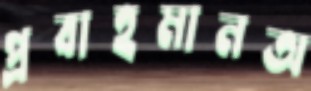
প্রবাহমানঅ